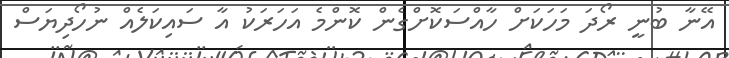
އޭނާ ބުނީ ރޯދަ މަހަކަށް ހާއްސަކޮށްގެން ކޮންމެ އަހަރަކު އާ ސައިކަލެއް ނުހޯދިޔަސް